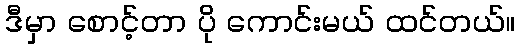
ဒီမှာ စောင့်တာ ပို ကောင်းမယ် ထင်တယ်။